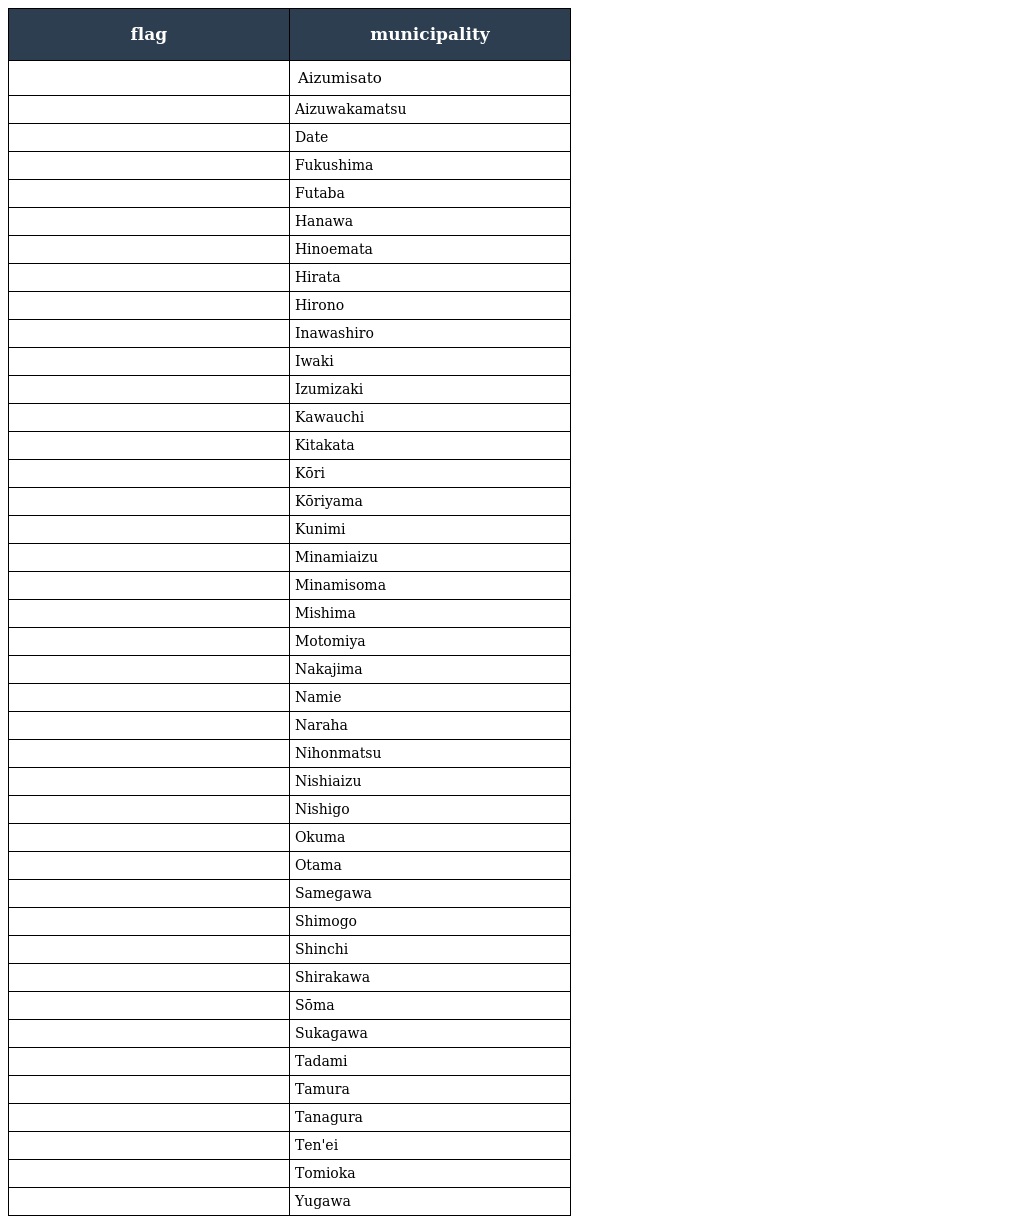
| flag | municipality |
 | --- | --- |
 |  | Aizumisato |
 |  | Aizuwakamatsu |
 |  | Date |
 |  | Fukushima |
 |  | Futaba |
 |  | Hanawa |
 |  | Hinoemata |
 |  | Hirata |
 |  | Hirono |
 |  | Inawashiro |
 |  | Iwaki |
 |  | Izumizaki |
 |  | Kawauchi |
 |  | Kitakata |
 |  | Kōri |
 |  | Kōriyama |
 |  | Kunimi |
 |  | Minamiaizu |
 |  | Minamisoma |
 |  | Mishima |
 |  | Motomiya |
 |  | Nakajima |
 |  | Namie |
 |  | Naraha |
 |  | Nihonmatsu |
 |  | Nishiaizu |
 |  | Nishigo |
 |  | Okuma |
 |  | Otama |
 |  | Samegawa |
 |  | Shimogo |
 |  | Shinchi |
 |  | Shirakawa |
 |  | Sōma |
 |  | Sukagawa |
 |  | Tadami |
 |  | Tamura |
 |  | Tanagura |
 |  | Ten'ei |
 |  | Tomioka |
 |  | Yugawa |